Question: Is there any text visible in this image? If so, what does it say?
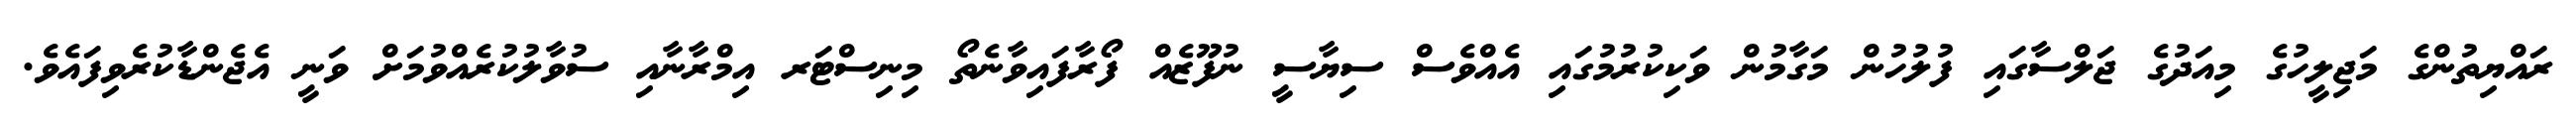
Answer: ރައްޔިތުންގެ މަޖިލީހުގެ މިއަދުގެ ޖަލްސާގައި ފުލުހުން މަގާމުން ވަކިކުރުމުގައި އެއްވެސް ސިޔާސީ ނުފޫޒެއް ފޯރާފައިވާނެތޯ މިނިސްޓަރ އިމްރާނާއި ސުވާލުކުރެއްވުމަށް ވަނީ އެޖެންޑާކުރެވިފައެވެ.